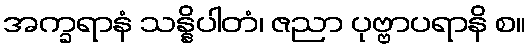
အက္ခရာနံ သန္နိပါတံ၊ ဇညာ ပုဗ္ဗာပရာနိ စ။